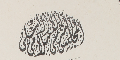
المجلس الشرعى الاسلامى الاعلى